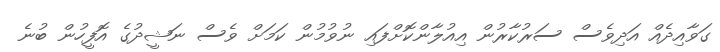
ގަވާއިދެއް އަދިވެސް ސަރުކާރުން އިއުލާންކޮށްފައި ނުވުމުން ކަމަށް ވެސް ނަޝީދުގެ އޮފީހުން ބުނެ